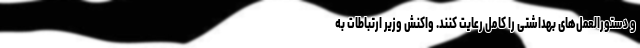
و دستورالعمل‌های بهداشتی را کامل رعایت کنند. واکنش وزیر ارتباطات به